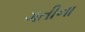
ગતીના